Civil Veterinary Department Bihar & Orissa reports 1922-29 - 1922-1929
Year: 1922
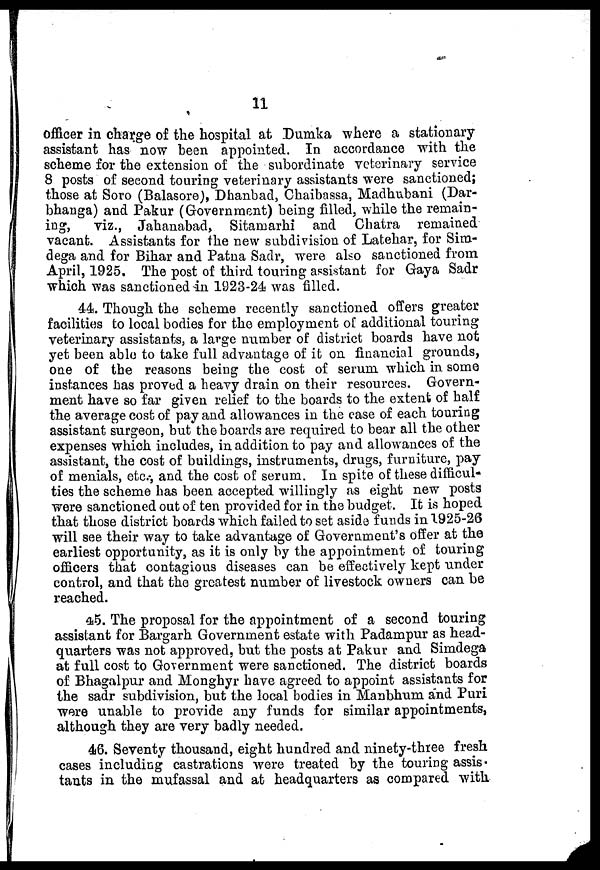
11
officer in charge of the hospital at Dumka where a stationary-
assistant has now been appointed. In accordance with the
scheme for the extension of the subordinate veterinary service
8 posts of second touring veterinary assistants were sanctioned;
those at Soro (Balasore), Dhanbad, Chaibassa, Madhubani (Dar-
bhanga) and Pakur (Government) being filled, while the remain-
ing,
viz., Jahanabad, Sitamarhi and Chatra remained
vacant. Assistants for the new subdivision of Latehar, for Sira-
dega and for Bihar and Patna Sadr, were also sanctioned from
April, 1925. The post of third touring assistant for Gaya Sadr
which was sanctioned in 1923-24 was filled.
44. Though the scheme recently sanctioned offers greater
facilities to local bodies for the employment of additional touring
veterinary assistants, a large number of district boards have not
yet been able to take full advantage of it on financial grounds,
one of the reasons being the cost of serum which in some
instances has proved a heavy drain on their resources. Govern-
ment have so far given relief to the boards to the extent of half
the average cost of pay and allowances in the case of each touring
assistant surgeon, but the boards are required to bear all the other
expenses which includes, in addition to pay and allowances of the
assistant, the cost of buildings, instruments, drugs, furniture, pay
of menials, etc., and the cost of serum. In spite of these difficul-
ties the scheme has been accepted willingly as eight new posts
were sanctioned out of ten provided for in the budget. It is hoped
that those district boards which failed to set aside
funds in 1925-28
will see their way to take advantage of Government's offer at the
earliest opportunity, as it is only by the appointment of touring
officers that contagious diseases can be effectively kept under
control, and that the greatest number of livestock owners can be
reached.
45. The proposal for the appointment of a second touring
assistant for Bargarh Government estate with Padampur as head-
quarters was not approved, but the posts at Pakur and Simdega
at full cost to Government were sanctioned. The district boards
of Bhagalpur and Monghyr have agreed to appoint assistants for
the sadr subdivision, but the local bodies in Manbhum and Puri
were unable to provide any funds for similar appointments,
although they are very badly needed.
46. Seventy thousand, eight hundred and ninety-three fresh
cases including castrations were treated by the touring assis-
tants in the mufassal and at headquarters as compared with